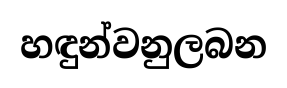
හඳුන්වනුලබන